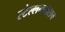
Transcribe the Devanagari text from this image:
स्‍टेल्‍लनबोसच